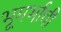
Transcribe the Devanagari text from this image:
भूगर्भाची